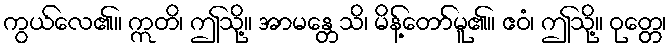
ကွယ်လေ၏။ ဣတိ၊ ဤသို့။ အာမန္တေသိ၊ မိန့်တော်မူ၏။ ဧဝံ၊ ဤသို့။ ဝုတ္တေ၊